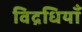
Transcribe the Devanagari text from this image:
विद्रधियाँ